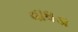
વાઘડા